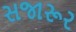
સજારૂર